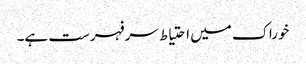
خوراک میں احتیاط سرفہرست ہے۔